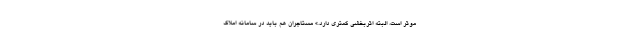
موثر است، البته اثربخشی کمتری دارد.» مستاجران هم باید در سامانه املاک